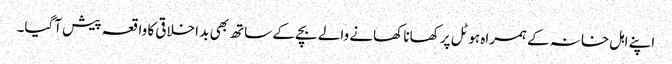
اپنے اہل خانہ کے ہمراہ ہوٹل پر کھانا کھانے والے بچے کے ساتھ بھی بد اخلاقی کا واقعہ پیش آگیا۔